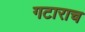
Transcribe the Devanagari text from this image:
गटाराच